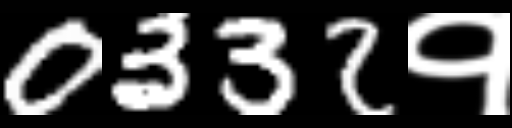
Text: 0332१